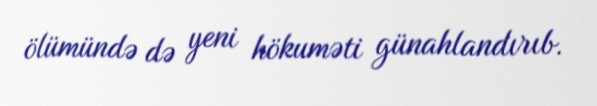
ölümündə də yeni hökuməti günahlandırıb.